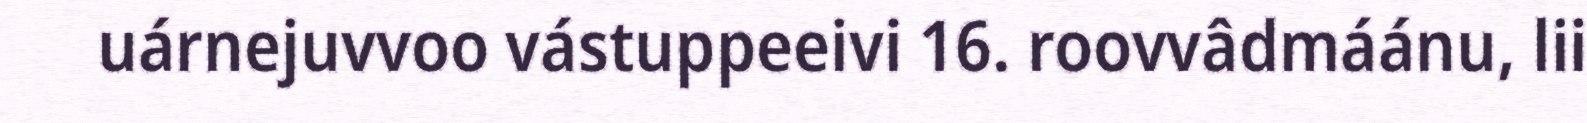
uárnejuvvoo vástuppeeivi 16. roovvâdmáánu, lii